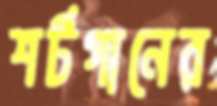
শর্টগানের